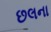
છલના